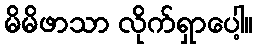
မိမိဖာသာ လိုက်ရှာပေါ့။